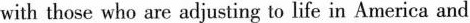
with those who are adjusting to life in America and